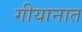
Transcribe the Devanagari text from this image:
गीयानात